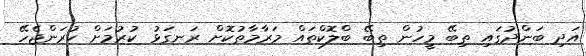
އަދި ބަންދުގައި ތިބޭ މީހުން ތިބޭ ބްލޮކްތައް މަރާމާތުކޮށް ރަނގަޅު ކުރުމަށް ކުރަންޖެހޭ